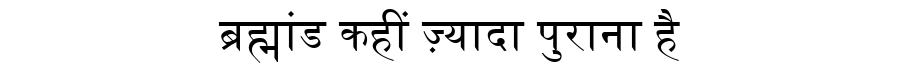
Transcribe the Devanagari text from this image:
ब्रह्मांड कहीं ज़्यादा पुराना है